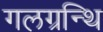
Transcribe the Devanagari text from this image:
गलग्रन्थि